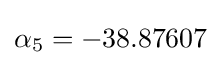
\alpha _{5}=-38.87607